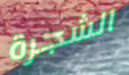
الشجرة